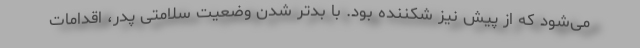
می‌شود که از پیش نیز شکننده بود. با بدتر شدن وضعیت سلامتی پدر، اقدامات